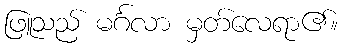
ဖြူသည် မင်္ဂလာ မှတ်လေရာ၏။